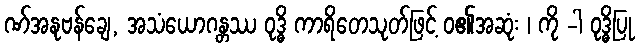
ဏ်အနုဗန်ချေ, အသံယောဂန္တဿ ဝုဒ္ဓိ ကာရိတေသုတ်ဖြင့် ဝ၏အဆုံး ၊ ကို -ါ ဝုဒ္ဓိပြု